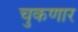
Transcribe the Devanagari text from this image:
चुकणार